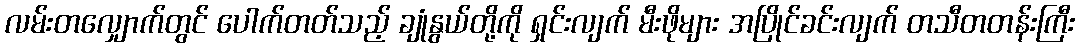
လမ်းတလျှောက်တွင် ပေါက်တတ်သည့် ချုံနွယ်တို့ကို ရှင်းလျက် မီးဖိုများ အပြိုင်ခင်းလျက် တသီတတန်းကြီး